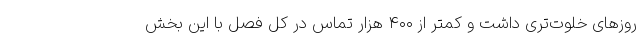
روزهای خلوت‌تری داشت و کمتر از ۴۰۰ هزار تماس در کل فصل با این بخش